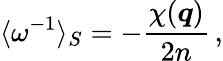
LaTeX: \langle\omega^{-1}\rangle_{S}=-\frac{\chi(\boldsymbol{q})}{2n}\, ,